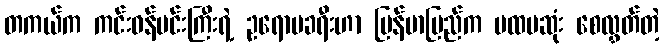
တကယ်က ကင်းဝန်မင်းကြီးရဲ့ ဥရောပခရီးဟာ မြန်မာပြည်က ပထမဆုံး စေလွှတ်တဲ့